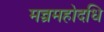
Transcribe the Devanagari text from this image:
मन्त्रमहोदधि